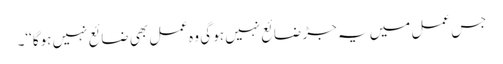
جس عمل میں یہ جڑ ضائع نہیں ہو گی وہ عمل بھی ضائع نہیں ہوگا‘‘۔